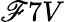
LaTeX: \mathscr{F}7V